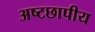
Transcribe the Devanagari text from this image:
अष्टछापीय